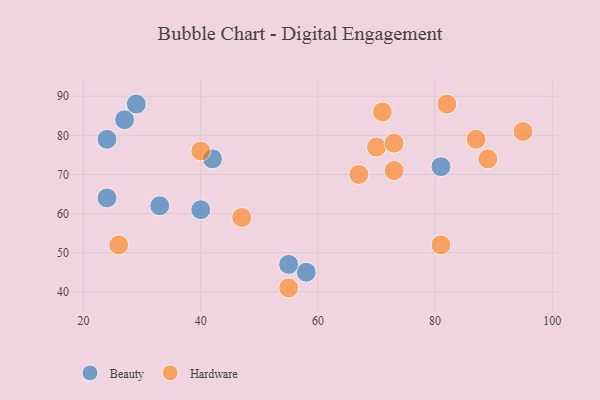
{"axis": {"x": "GDP", "y": "Life Expectancy"}, "legend": ["Beauty", "Hardware"], "data": [{"x": "33", "y": 62, "type": "Beauty"}, {"x": "40", "y": 61, "type": "Beauty"}, {"x": "24", "y": 64, "type": "Beauty"}, {"x": "58", "y": 45, "type": "Beauty"}, {"x": "42", "y": 74, "type": "Beauty"}, {"x": "81", "y": 72, "type": "Beauty"}, {"x": "27", "y": 84, "type": "Beauty"}, {"x": "29", "y": 88, "type": "Beauty"}, {"x": "24", "y": 79, "type": "Beauty"}, {"x": "55", "y": 47, "type": "Beauty"}, {"x": "70", "y": 77, "type": "Hardware"}, {"x": "87", "y": 79, "type": "Hardware"}, {"x": "47", "y": 59, "type": "Hardware"}, {"x": "71", "y": 86, "type": "Hardware"}, {"x": "26", "y": 52, "type": "Hardware"}, {"x": "40", "y": 76, "type": "Hardware"}, {"x": "89", "y": 74, "type": "Hardware"}, {"x": "73", "y": 78, "type": "Hardware"}, {"x": "67", "y": 70, "type": "Hardware"}, {"x": "81", "y": 52, "type": "Hardware"}, {"x": "55", "y": 41, "type": "Hardware"}, {"x": "95", "y": 81, "type": "Hardware"}, {"x": "73", "y": 71, "type": "Hardware"}, {"x": "82", "y": 88, "type": "Hardware"}]}